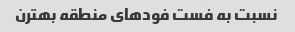
نسبت به فست فود‌های منطقه بهترن